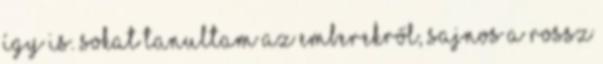
így is. Sokat tanultam az emberekről, sajnos a rossz